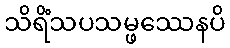
သိရိံသပသမ္ဖဿေနပိ